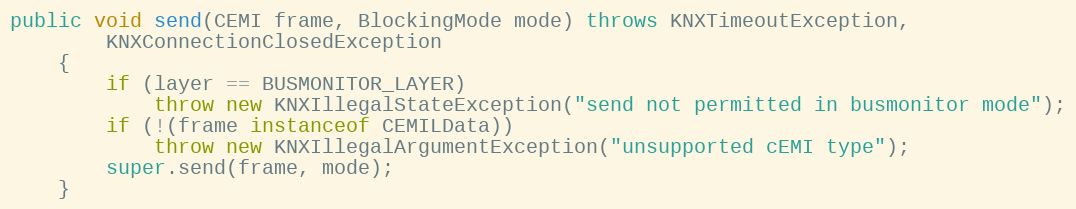
Language: Java
public void send(CEMI frame, BlockingMode mode) throws KNXTimeoutException,
		KNXConnectionClosedException
	{
		if (layer == BUSMONITOR_LAYER)
			throw new KNXIllegalStateException("send not permitted in busmonitor mode");
		if (!(frame instanceof CEMILData))
			throw new KNXIllegalArgumentException("unsupported cEMI type");
		super.send(frame, mode);
	}